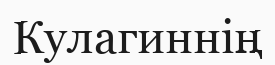
Кулагиннің